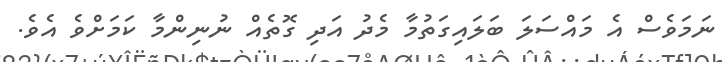
ނަމަވެސް އެ މައްސަލަ ބަލައިގަތުމާ މެދު އަދި ގޮތެއް ނުނިންމާ ކަމަށްވެ އެވެ.